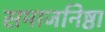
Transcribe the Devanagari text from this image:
समाजनिष्ठा